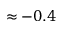
\approx - 0 . 4